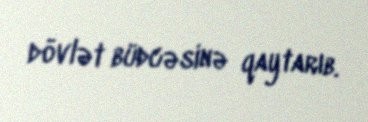
dövlət büdcəsinə qaytarıb.